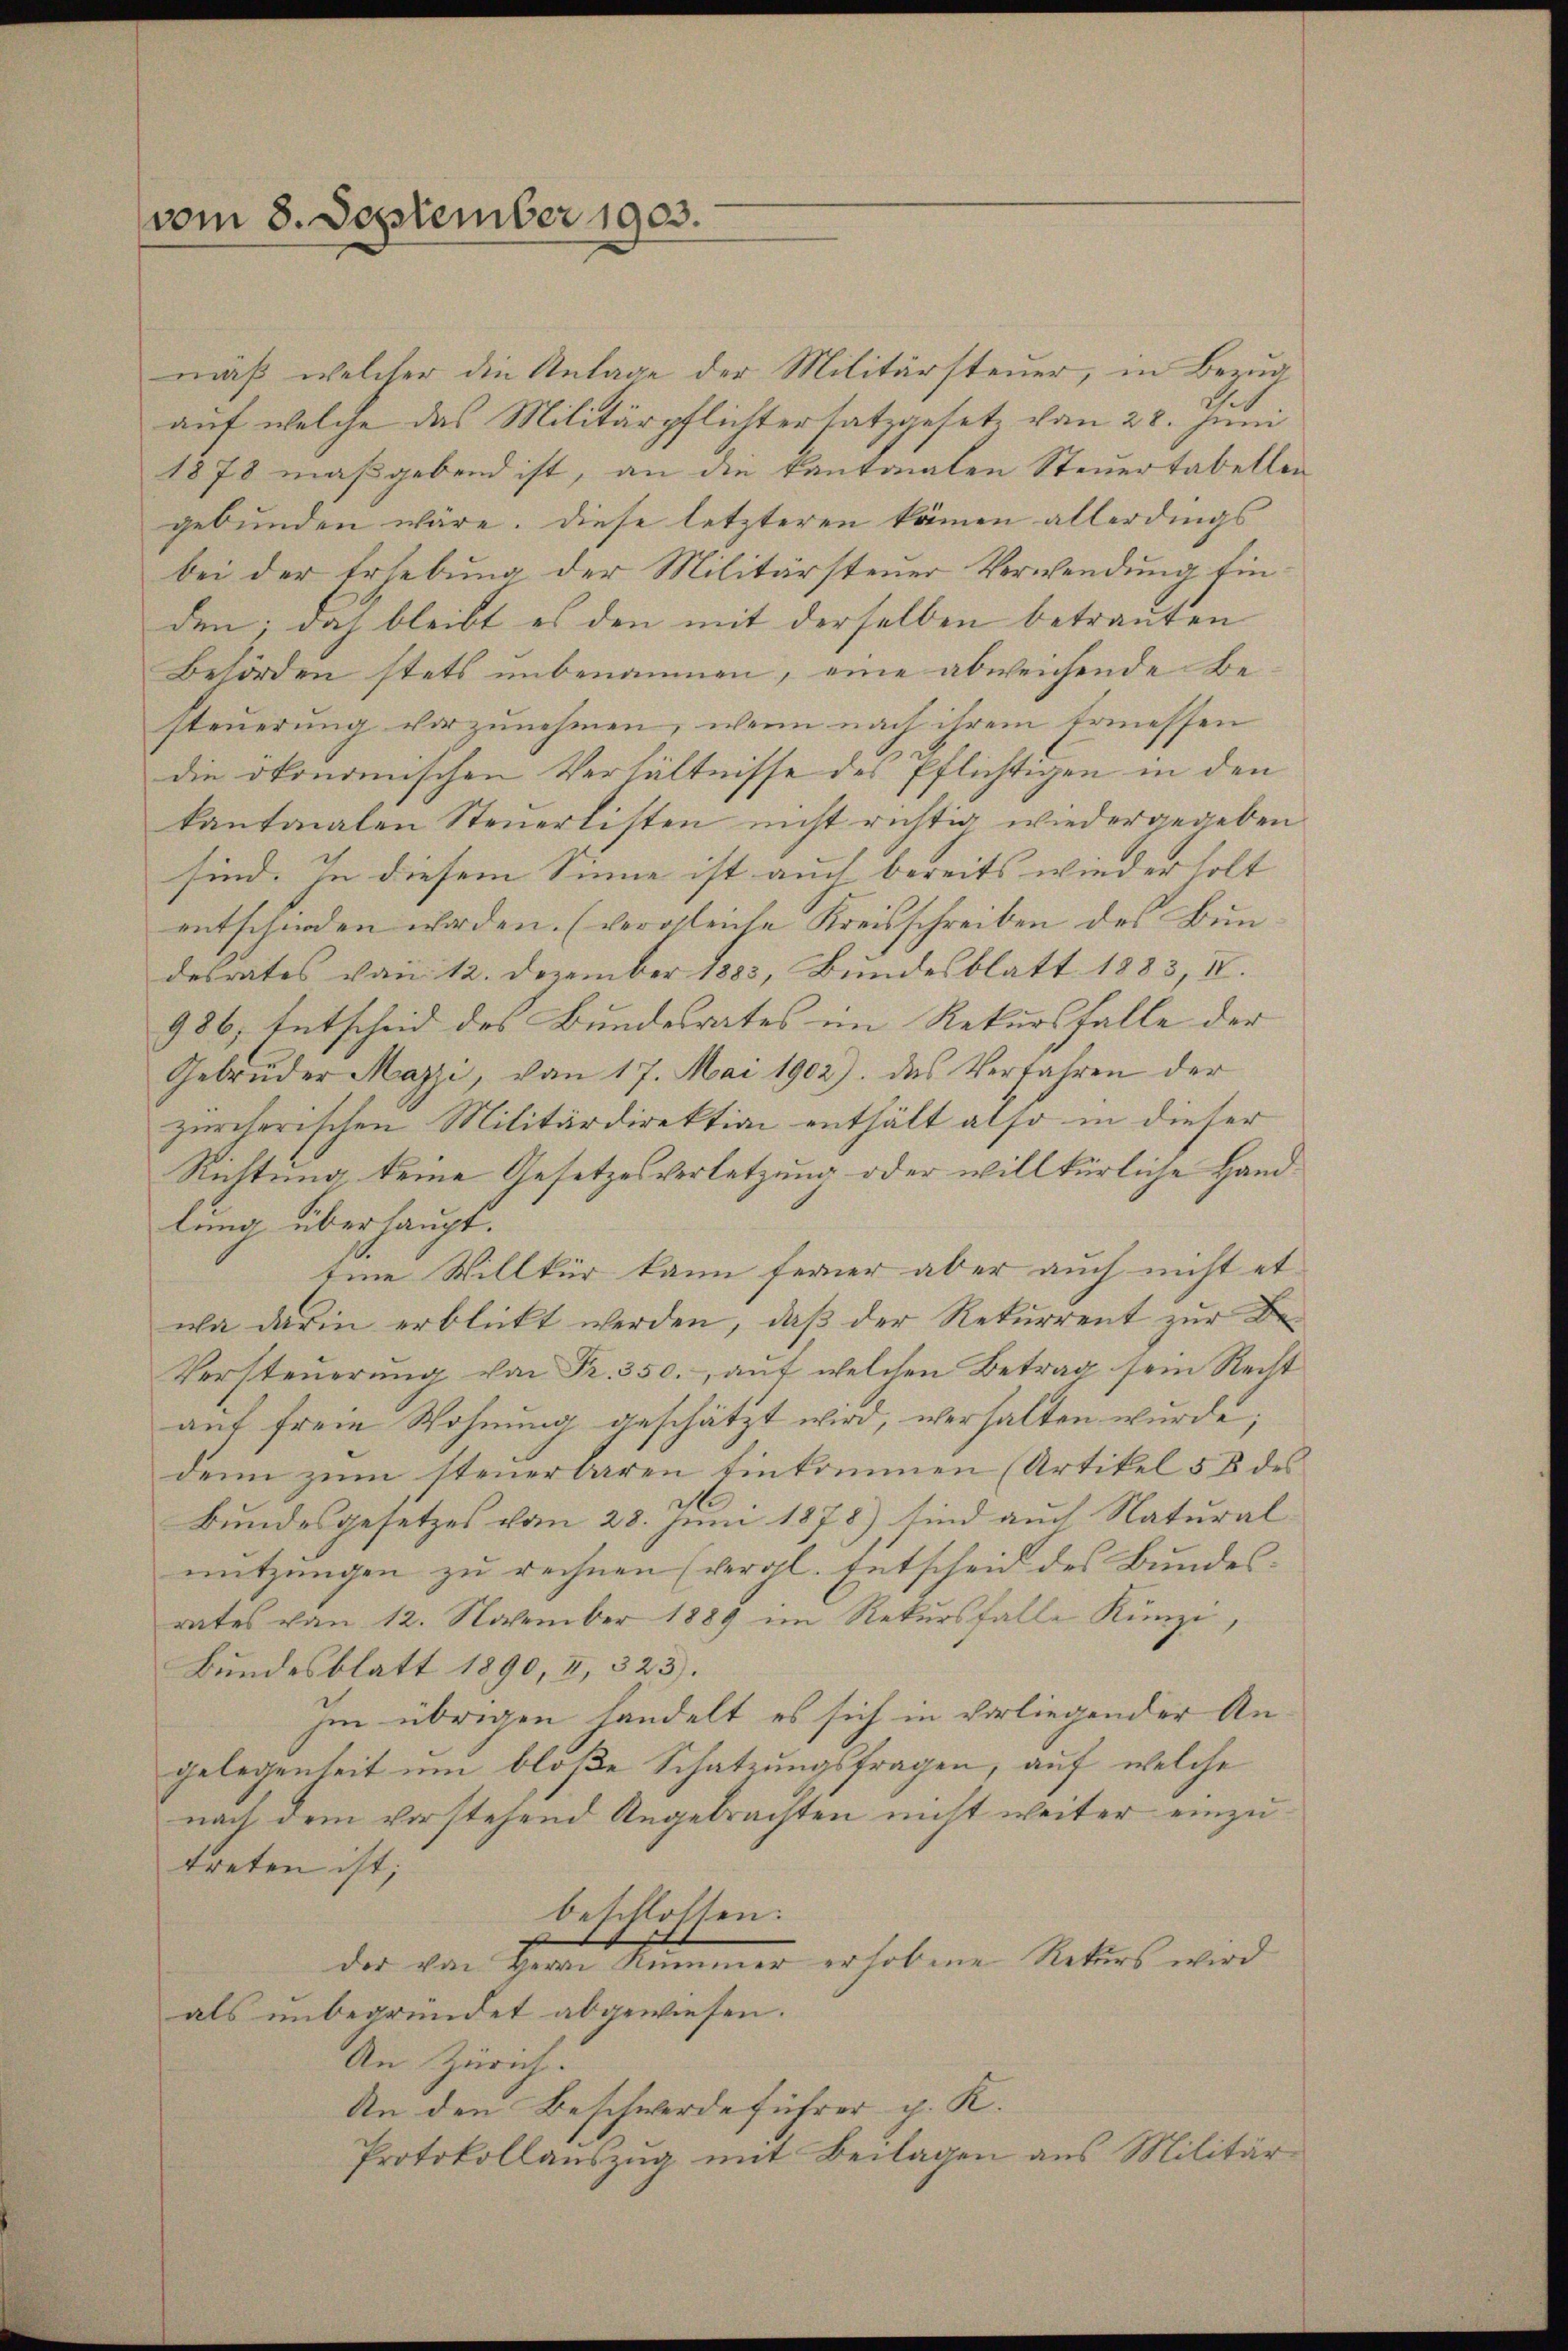
vom 8. September 1903.

mäß, welcher die Anlage der Militärsteuer, in Bezug
auf welche das Militärpflichtersatzgesetz von 28. Juni
1878 maßgebend ist, an die kantonalen Steuertabellen
gebunden wäre. Diese letzteren kämen allerdings
bei der Erhebung der Militärsteuer Verwendung fin
den; doch bleibt es den mit derselben betrauten
Behörden stets unbenommen, eine abweichende Besteuerung vorzunehmen, wenn nach ihrem Ermessen
die ökonomischen Verhältnisse des Pflichtigen in den
kantonalen Steuerlisten nicht richtig wiedergegeben
sind. In diesem Sinne ist auch bereits wiederholt
entschieden worden. (vergleiche Kreisschreiben des Bundesrates von 12. Dezember 1883, Bundesblatt 1883, IV.
986. Entscheid des Bundesrates im Rekursfalle der |
Gebrüder Mazzi, vom 17. Mai 1902). Das Verfahren der
zürcherischen Militärdirektion enthält also in dieser
Richtung keine Gesetzesverletzung oder willkürliche Handlung überhaupt.
Eine Willkür kann ferner aber auch nicht et
wa darin erblickt werden, daβ der Rekŭrrent zŭr Be-
Versteŭerŭng von Fr. 350. aŭf welchen Betrag sein Recht
auf freie Wohnung geschätzt wird, verhalten wurde;
denn zum steuerbaren Einkommen (Artikel 58 des
Bundesgesetzes vom 28. Juni 1878) sind auch Natural
nutzungen zu rechnen (vergl. Entscheid des Bundes- |
rates von 12. November 1889 im Rekursfalle Künzi,
Bundesblatt 1890, I, 323).
Im übrigen handelt es sich in vorliegender Angelegenheit um bloße Schatzungsfragen, auf welche
nach dem vorstehend Angebrachten nicht weiter einzutreten ist;
beschlossen:
der von Herrn Kummer erhobene Rekurs wird
als unbegründet abgewiesen.
An Zürich.
An den Beschwerdeführer p. K.
Protokollauszug mit Beilagen aus Militär¬